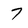
Character: 7